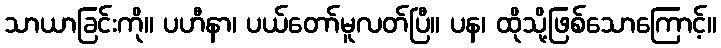
သာယာခြင်းကို။ ပဟီနာ၊ ပယ်တော်မူလတ်ပြီ။ ပန၊ ထိုသို့ဖြစ်သောကြောင့်။